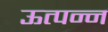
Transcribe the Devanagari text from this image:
ऊत्पन्न